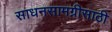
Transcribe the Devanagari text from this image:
साधनसामग्रीसाठी